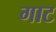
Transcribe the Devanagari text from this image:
गाट